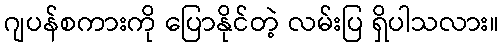
ဂျပန်စကားကို ပြောနိုင်တဲ့ လမ်းပြ ရှိပါသလား။